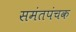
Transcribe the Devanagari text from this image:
समंतपंचक